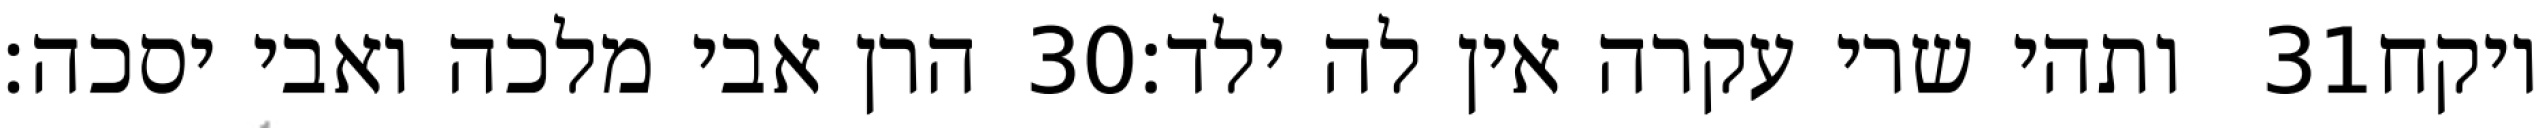
הרן אבי מלכה ואבי יסכה׃ ‎30‏ ותהי שרי עקרה אין לה ילד׃ ‎31‏ ויקח